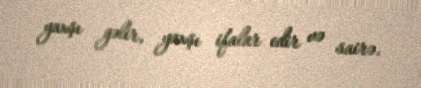
yaxşı gəlir, yaxşı ifalar edir və sairə.